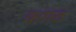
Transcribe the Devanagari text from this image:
कण्‍ठ